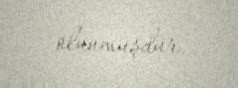
olunmuşdur.